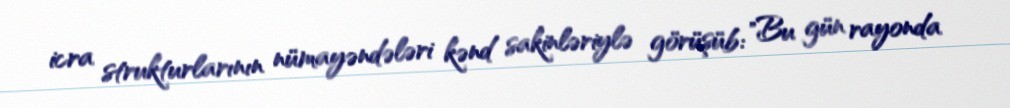
icra strukturlarının nümayəndələri kənd sakinləriylə görüşüb: "Bu gün rayonda